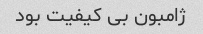
ژامبون بی کیفیت بود